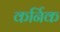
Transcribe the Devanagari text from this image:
कर्निक